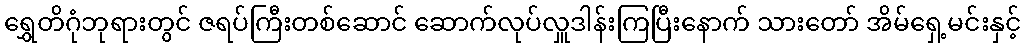
ရွှေတိဂုံဘုရားတွင် ဇရပ်ကြီးတစ်ဆောင် ဆောက်လုပ်လှူဒါန်းကြပြီးနောက် သားတော် အိမ်ရှေ့မင်းနှင့်